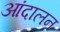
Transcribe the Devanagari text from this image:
आंदालन